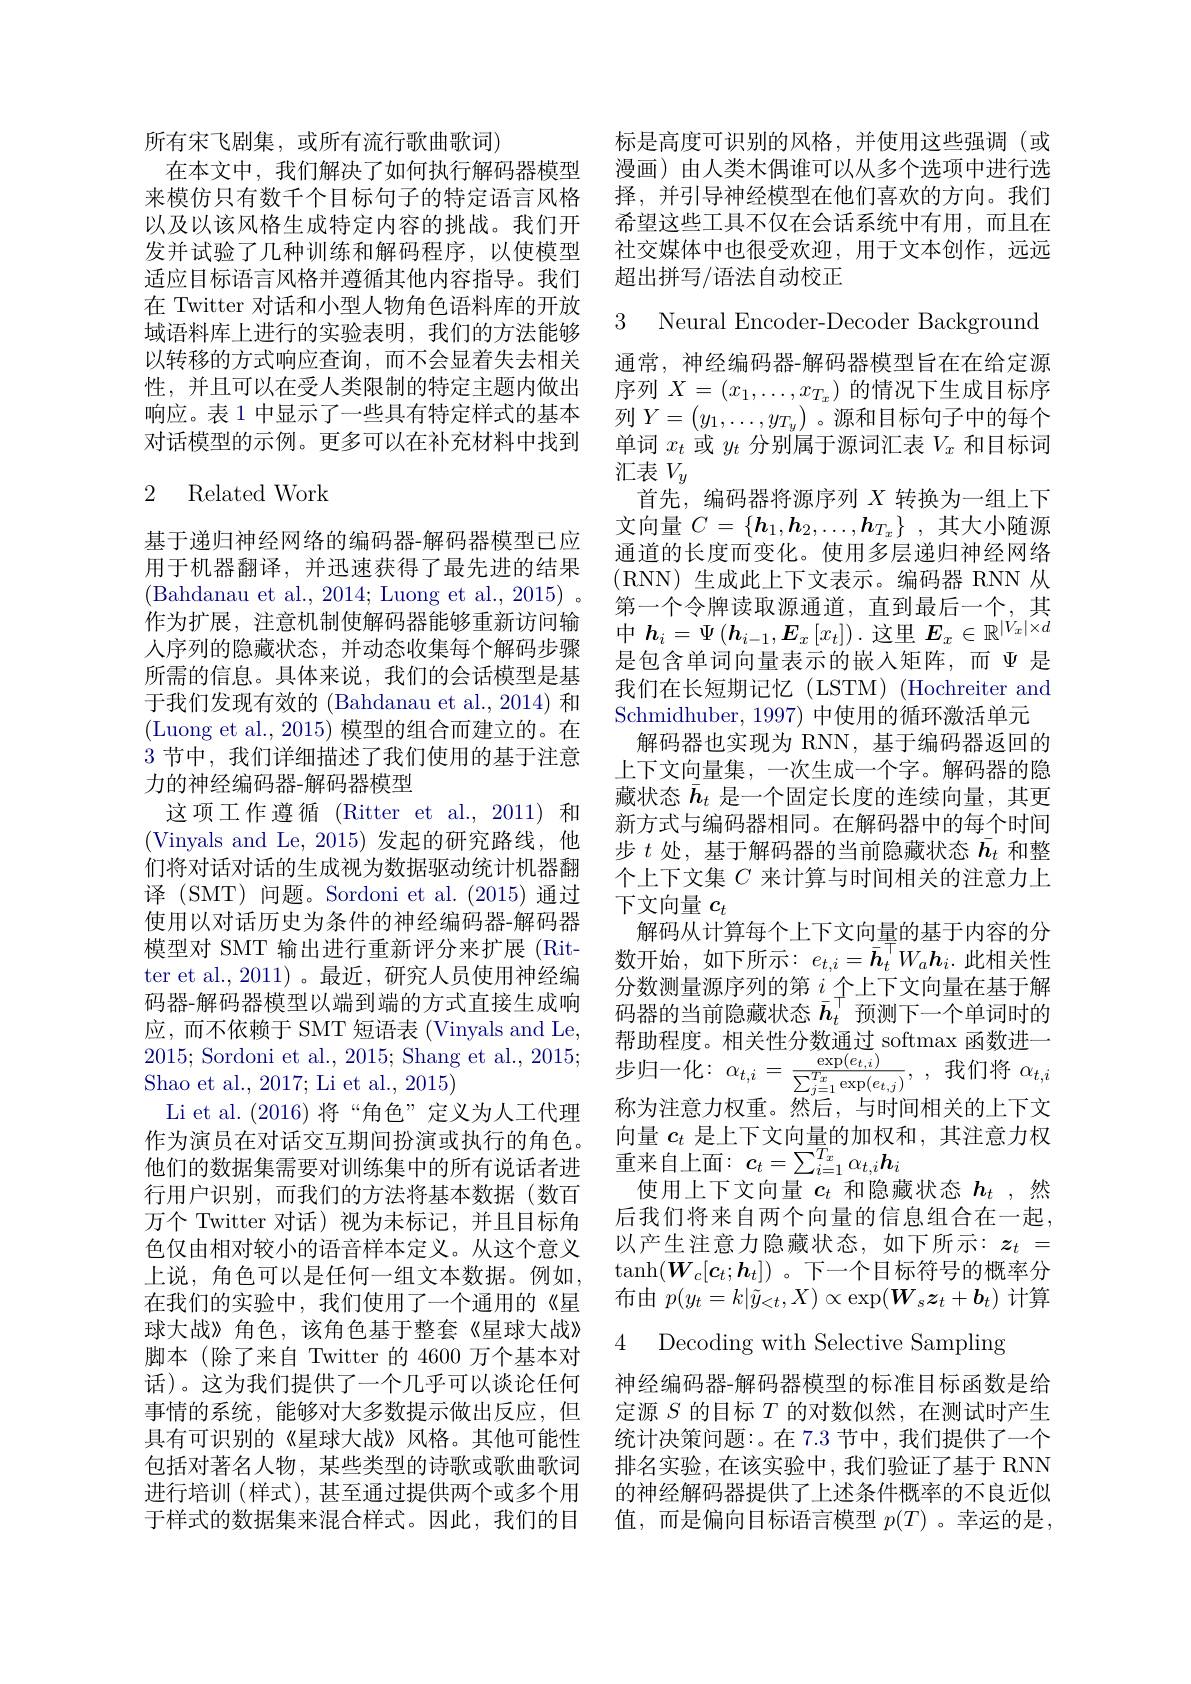
所有宋飞剧集，或所有流行歌曲歌词)
在本文中，我们解决了如何执行解码器模型来模仿只有数千个目标句子的特定语言风格以及以该风格生成特定内容的挑战。我们开发并试验了几种训练和解码程序，以使模型适应目标语言风格并遵循其他内容指导。我们在 Twitter 对话和小型人物角色语料库的开放域语料库上进行的实验表明，我们的方法能够以转移的方式响应查询，而不会显着失去相关性，并且可以在受人类限制的特定主题内做出响应。表 1 中显示了一些具有特定样式的基本对话模型的示例。更多可以在补充材料中找到

## 2 Related Work

这项工作遵循 (Ritter et al.,2011)和

基于递归神经网络的编码器-解码器模型已应用于机器翻译，并迅速获得了最先进的结果(Bahdanau et al., 2014; Luong et al., 2015)~。\:(0.15)~,\:(0.15)~,\:(0.15)~(0.15)~(0.15)~(0.15)~(0.15)~(0.15)~(0.15)~(0.15)~(0.15)~(0.15)~(0.15)~(0.15)~(0.15)~(0.15)~(0.16)~(0.15)~(0.15)~(0.15)~(0.15)~(0.15)~(0.15)~(0.15)~(0.15)~(0.15)~(0.15)~(0.15)~(0.15) 作为扩展，注意机制使解码器能够重新访问输人序列的隐藏状态，并动态收集每个解码步骤所需的信息。具体来说，我们的会话模型是基于我们发现有效的 (Bahdanau et al., 2014) 和(Luong et al., 2015) 模型的组合而建立的。在3节中，我们详细描述了我们使用的基于注意力的神经编码器-解码器模型
(Vinyals and Le,2015)发起的研究路线，他们将对话对话的生成视为数据驱动统计机器翻译 (SMT) 问题。Sordoni et al.(2015)通过使用以对话历史为条件的神经编码器-解码器模型对 SMT 输出进行重新评分来扩展 (Ritter et al., 2011)。最近，研究人员使用神经编码器-解码器模型以端到端的方式直接生成响应，而不依赖于 SMT 短语表 (Vinyals and Le, 2015; Sordoni et al., 2015; Shang et al., 2015; Shao et al., 2017; Li et al., 2015)
Li et al. (2016) 将“角色”定义为人工代理作为演员在对话交互期间扮演或执行的角色。他们的数据集需要对训练集中的所有说话者进行用户识别，而我们的方法将基本数据(数百万个 Twitter 对话)视为未标记，并且目标角色仅由相对较小的语音样本定义。从这个意义上说，角色可以是任何一组文本数据。例如， 在我们的实验中，我们使用了一个通用的《星球大战》角色，该角色基于整套《星球大战》 脚本(除了来自 Twitter 的 4600 万个基本对话)。这为我们提供了一个几乎可以谈论任何事情的系统，能够对大多数提示做出反应，但具有可识别的《星球大战》风格。其他可能性包括对著名人物，某些类型的诗歌或歌曲歌词进行培训(样式),甚至通过提供两个或多个用于样式的数据集来混合样式。因此，我们的目

标是高度可识别的风格，并使用这些强调(或漫画)由人类木偶谁可以从多个选项中进行选择，并引导神经模型在他们喜欢的方向。我们希望这些工具不仅在会话系统中有用，而且在社交媒体中也很受欢迎，用于文本创作，远远超出拼写/语法自动校正

3 Neural Encoder-Decoder Background

通常，神经编码器-解码器模型旨在在给定源序列$X=(x_1,\ldots,x_{T_x})$的情况下生成目标序列$Y=\begin{pmatrix}y_1,\ldots,y_{T_y}\end{pmatrix}$。源和目标句子中的每个单词$x_t$或$y_t$分别属于源词汇表$V_x$和目标词汇表$V_y$
首先，编码器将源序列$X$转换为一组上下文向量$C= \{ \boldsymbol{h}_1, \boldsymbol{h}_2, \ldots , \boldsymbol{h}_{T_x}\}$ ,其大小随源通道的长度而变化。使用多层递归神经网络(RNN)生成此上下文表示。编码器 RNN 从第一个令牌读取源通道，直到最后一个，其$中\boldsymbol{h}_{i}=\Psi\left(\boldsymbol{h}_{i-1},\boldsymbol{E}_{x}\left[x_{t}\right]\right).$这里$\boldsymbol E_x\in\mathbb{R}^{|V_{x}|\times d}$ 是包含单词向量表示的嵌入矩阵，而$\Psi$是我们在长短期记忆(LSTM)(Hochreiter and Schmidhuber, 1997) 中使用的循环激活单元
解码器也实现为 RNN, 基于编码器返回的上下文向量集，一次生成一个字。解码器的隐藏状态$\bar{\boldsymbol{h}}_t$是一个固定长度的连续向量，其更新方式与编码器相同。在解码器中的每个时间步$t$处，基于解码器的当前隐藏状态$\bar{h_t}$和整个上下文集$C$来计算与时间相关的注意力上下文向量$c_t$
解码从计算每个上下文向量的基于内容的分数开始，如下所示：$e_t,i=\bar{\boldsymbol{h}}_t^\top W_a\boldsymbol{h}_i.$此相关性分数测量源序列的第 $i_{-}$个上下文向量在基于解码器的当前隐藏状态$\bar{h}_t^\top$预测下一个单词时的帮助程度。相关性分数通过 softmax 函数进一步 归 一 化 : $\alpha _{t, i}= \frac {\exp ( e_{t, i}) }{\sum _{j= 1}^{T_{x}}\exp ( e_{t, j}) }$, , 我 们 将 $\alpha _{t, i}$ 称 为 注 音 力 权 垂 然 后 与 时 间 相 关 的 上 下 文称为注意力权重。然后，与时间相关的上下文向量$c_t$是上下文向量的加权和，其注意力权重来自上面：$c_t=\sum_{i=1}^{T_x}\alpha_{t,i}\boldsymbol{h}_i$
使用上下文向量$c_t$和隐藏状态$h_t$,然后我们将来自两个向量的信息组合在一起， 以产生注意力隐藏状态，如下所示：$z_t=$ $\tanh(\boldsymbol{W}_c[\boldsymbol{c}_t;\boldsymbol{h}_t])$。下一个目标符号的概率分布由$p(y_{t}=k|\tilde{y}_{<t},X)\propto\exp(W_{s}\boldsymbol{z}_{t}+\boldsymbol{b}_{t})$计算4 Decoding with Selective Sampling
神经编码器-解码器模型的标准目标函数是给定源$S$的目标$T$的对数似然，在测试时产生统计决策问题：。在 7.3 节中，我们提供了一个排名实验，在该实验中，我们验证了基于 RNN 的神经解码器提供了上述条件概率的不良近似值，而是偏向目标语言模型$p(T)$ 。幸运的是，